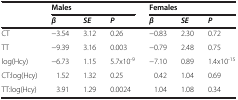
<table><thead><tr><td><b> </b></td><td colspan="3"><b>Males</b></td><td colspan="3"><b>Females</b></td></tr><tr><td><b> </b></td><td><b> <i>β</i> </b></td><td><b> <i>SE</i> </b></td><td><b> <i>P</i> </b></td><td><b> <i>β</i> </b></td><td><b> <i>SE</i> </b></td><td><b> <i>P</i> </b></td></tr></thead><tbody><tr><td>CT</td><td>−3.54</td><td>3.12</td><td>0.26</td><td>−0.83</td><td>2.30</td><td>0.72</td></tr><tr><td>TT</td><td>−9.39</td><td>3.16</td><td>0.003</td><td>−0.79</td><td>2.48</td><td>0.75</td></tr><tr><td>log(Hcy)</td><td>−6.73</td><td>1.15</td><td>5.7x10<sup>-9</sup></td><td>−7.10</td><td>0.89</td><td>1.4x10<sup>-15</sup></td></tr><tr><td>CT:log(Hcy)</td><td>1.52</td><td>1.32</td><td>0.25</td><td>0.42</td><td>1.04</td><td>0.69</td></tr><tr><td>TT:log(Hcy)</td><td>3.91</td><td>1.29</td><td>0.0024</td><td>1.04</td><td>1.08</td><td>0.34</td></tr></tbody></table>